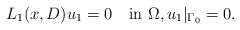
LaTeX: \begin{align*}L_1(x,D)u_1=0\quad\mbox{in}\,\,\Omega,u_1\vert_{\Gamma_0}=0.\end{align*}